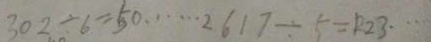
3 0 2 \div 6 = 5 0 \cdots 2 6 1 7 \div 5 = 1 2 3 \cdots